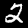
Digit: 2